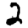
Digit: 2